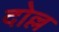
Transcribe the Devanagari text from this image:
दोल्ल